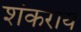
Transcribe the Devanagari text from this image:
शंकराय